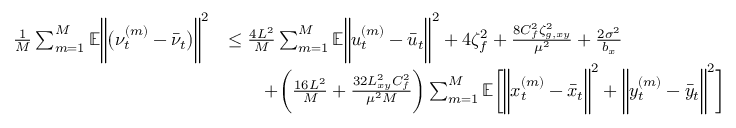
\begin{array} { r l } { \frac { 1 } { M } \sum _ { m = 1 } ^ { M } \mathbb { E } \bigg \| \big ( \nu _ { t } ^ { ( m ) } - \bar { \nu } _ { t } \big ) \bigg \| ^ { 2 } } & { \leq \frac { 4 L ^ { 2 } } { M } \sum _ { m = 1 } ^ { M } \mathbb { E } \bigg \| u _ { t } ^ { ( m ) } - \bar { u } _ { t } \bigg \| ^ { 2 } + 4 \zeta _ { f } ^ { 2 } + \frac { 8 C _ { f } ^ { 2 } \zeta _ { g , x y } ^ { 2 } } { \mu ^ { 2 } } + \frac { 2 \sigma ^ { 2 } } { b _ { x } } } \\ & { \qquad + \bigg ( \frac { 1 6 L ^ { 2 } } { M } + \frac { 3 2 L _ { x y } ^ { 2 } C _ { f } ^ { 2 } } { \mu ^ { 2 } M } \bigg ) \sum _ { m = 1 } ^ { M } \mathbb { E } \bigg [ \bigg \| x _ { t } ^ { ( m ) } - \bar { x } _ { t } \bigg \| ^ { 2 } + \bigg \| y _ { t } ^ { ( m ) } - \bar { y } _ { t } \bigg \| ^ { 2 } \bigg ] } \end{array}